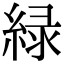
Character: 緑